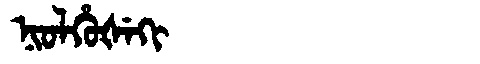
Manchu: ᠨᡳᠣᠯᡥᡠᡧᡝᡴᡳ
Romanization: NIOLHUŠEKI